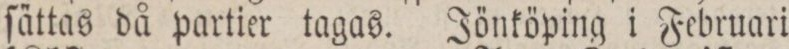
ſättas då partier tagas. Jönköping i Februari